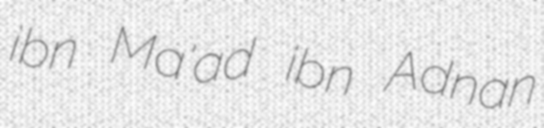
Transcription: ibn Ma'ad ibn Adnan